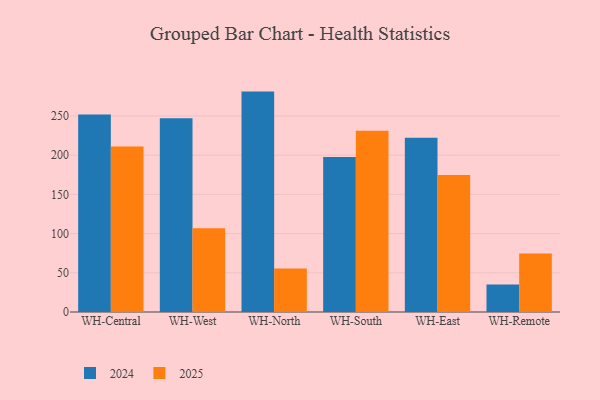
{"axis": {"x": "Warehouse", "y": "Budget (USD K)"}, "legend": ["2024", "2025"], "data": [{"x": "WH-Central", "y": 252.0, "type": "2024"}, {"x": "WH-Central", "y": 211.1, "type": "2025"}, {"x": "WH-West", "y": 247.0, "type": "2024"}, {"x": "WH-West", "y": 106.9, "type": "2025"}, {"x": "WH-North", "y": 281.1, "type": "2024"}, {"x": "WH-North", "y": 55.6, "type": "2025"}, {"x": "WH-South", "y": 197.6, "type": "2024"}, {"x": "WH-South", "y": 231.1, "type": "2025"}, {"x": "WH-East", "y": 222.3, "type": "2024"}, {"x": "WH-East", "y": 174.6, "type": "2025"}, {"x": "WH-Remote", "y": 35.1, "type": "2024"}, {"x": "WH-Remote", "y": 74.7, "type": "2025"}]}